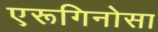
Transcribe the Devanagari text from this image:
एरूगिनोसा